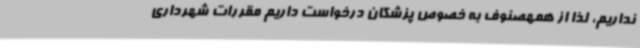
نداریم، لذا از همهصنوف به خصوص پزشکان درخواست داریم مقررات شهرداری